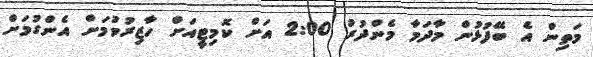
މަތިން އެ ބޭފުޅުން މާދަމާ މެންދުރު 2:00 އަށް ކޮމިޓީއަށް ހާޒިރުވުމަށް އެންގުމަށް